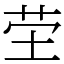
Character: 茔